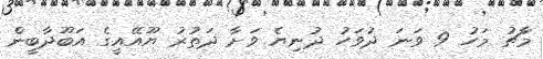
މާޗު މަހު 9 ވަނަ ދުވަހު ދުނިޔެ ވަށާ ދަތުރު ޔޫއޭއީގެ އަބޫދާބީން